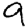
Digit: 9